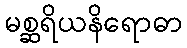
မစ္ဆရိယနိရောဓာ